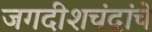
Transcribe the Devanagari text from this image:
जगदीशचंद्रांचे